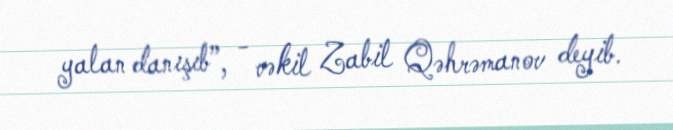
yalan danışıb”, - vəkil Zabil Qəhrəmanov deyib.